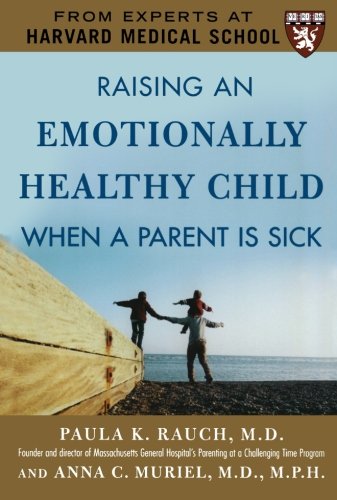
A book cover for Raising an Emotionally Healthy Child When a Parent is Sick (A Harvard Medical School Book); Paula Rauch; Self-Help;